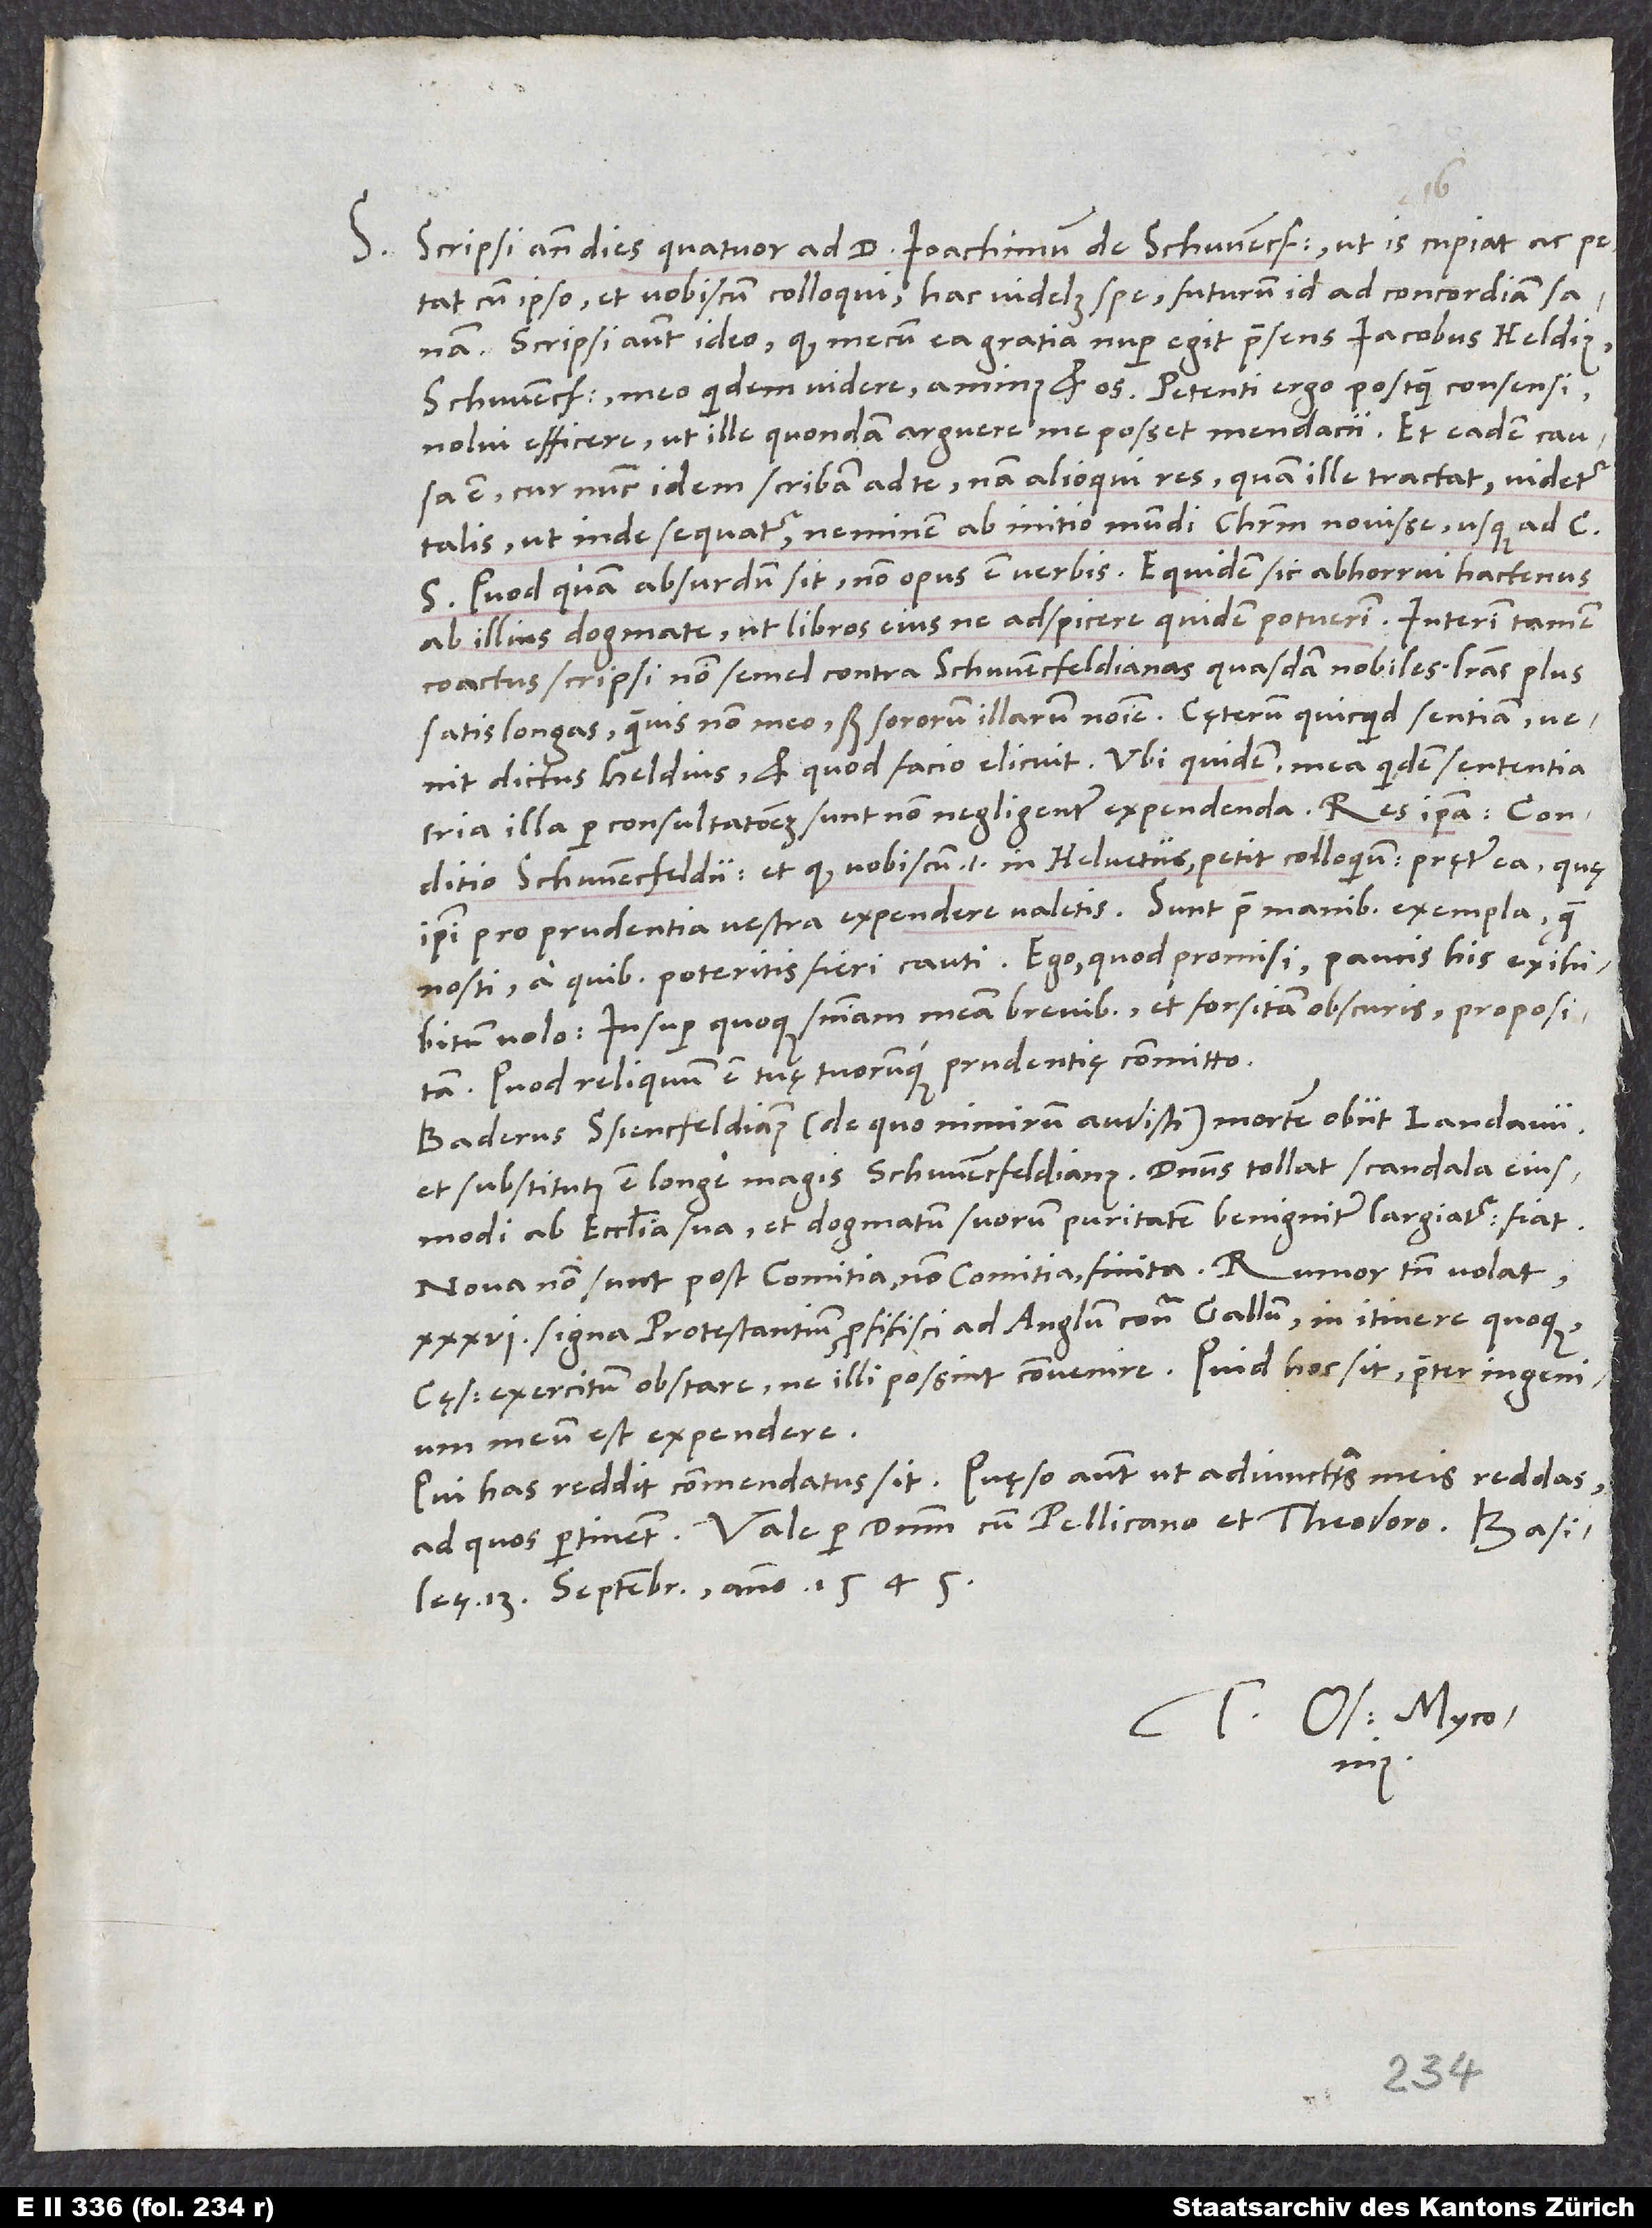
S. Scripsi ante dies quatuor ad d. Ioachimum de Schwencfeldio, ut is cupiat ac petat
cum ipso et vobiscum colloqui hac videlicet spe futurum id ad concordiam sanam.
Scripsi autem ideo, quod mecum ea gratia nuper egit praesens Iacobus Heldius,
Schwencfeldii meo quidem videre animus et os. Petenti ergo postquam consensi,
nolui efficere, ut ille quondam arguere me posset mendacii. Et eadem causa
est, cur nunc idem scribam ad te. Nam alioqui res, quam ille tractat, videtur
talis, ut inde sequatur neminem ab initio mundi Christum novisse usque ad C;
quod quam absurdum sit, non opus est verbis! Equidem sic abhorrui hactenus
ab illius dogmate, ut libros eius ne adspicere quidem potuerim. Interim tamen
coactus scripsi non semel contra Schwencfeldianas quasdam nobiles literas plus
satis longas, quamvis non meo, sed sororum illarum nomine. Cęterum, quicquid sentiam, venit
dictus Heldius et, quod facio, elicuit; ubi quidem mea quidem sententia
tria illa per consultationem sunt non negligenter expendenda: Res ipsa, conditio
Schwencfeldii et quod nobiscum, id est in Helvetiis, petit colloquium, pręter ea, quę
ipsi pro prudentia vestra expendere valetis. Sunt prae manibus exempla, quae
nosti, a quibus poteritis fieri cauti. Ego, quod promisi, paucis his exihibitum
volo, insuper quoque sententiam meam brevibus et forsitan obscuris propositam.
Quod reliquum est, tuę tuorumque prudentię committo.
Baderus Schwencfeldianus (de quo nimirum audisti) mortem obiit Landavii,
et substitutus est longe magis Schwencfeldianus. Dominus tollat scandala eiusmodi
ab ecclesia sua et dogmatum suorum puritatem benigniter largiatur. Fiat!
Nova non sunt post comitia - non comitia - finita. Rumor tamen volat
signa protestantium proficisci ad Anglum contra Gallum; in itinere quoque
cęsaris exercitum obstare, ne illi possint convenire. Quid hoc sit, praeter ingenium
meum est expendere.
Qui has reddit, commendatus sit. Quęso autem, ut adiunctas meas reddas,
13. septembris anno 1545.